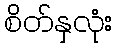
စိတ်နှလုံး